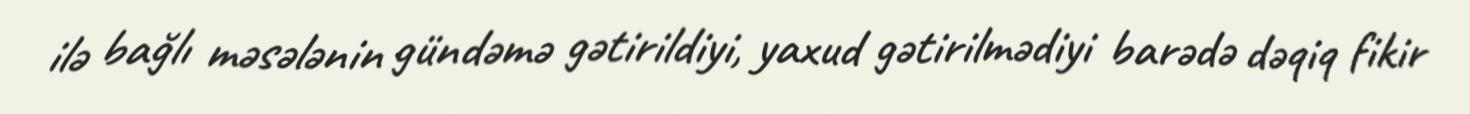
ilə bağlı məsələnin gündəmə gətirildiyi, yaxud gətirilmədiyi barədə dəqiq fikir